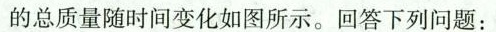
的总质量随时间变化如图所示。回答下列问题：